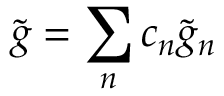
\tilde { g } = \sum _ { n } c _ { n } \tilde { g } _ { n }